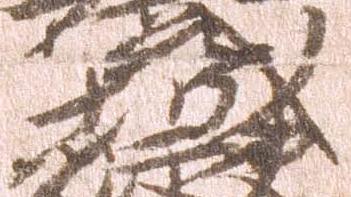
城